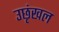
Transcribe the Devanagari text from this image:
उछृंखल